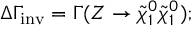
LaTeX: \Delta \Gamma _ { \mathrm { i n v } } = \Gamma ( Z \rightarrow \tilde { \chi } _ { 1 } ^ { 0 } \tilde { \chi } _ { 1 } ^ { 0 } ) ;